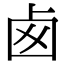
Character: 卥